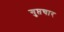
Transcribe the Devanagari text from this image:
गुप्तचार